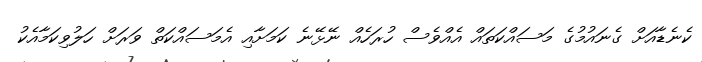
ކެނެޑާއަށް ގެނައުމުގެ މަސައްކަތައް އެއްވެސް ހުރަހެއް ނޭޅޭނެ ކަމަށާއި އެމަސައްކަތް ވަރަށް ހަލުވިކަމާއެކު